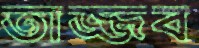
তাজ্জব